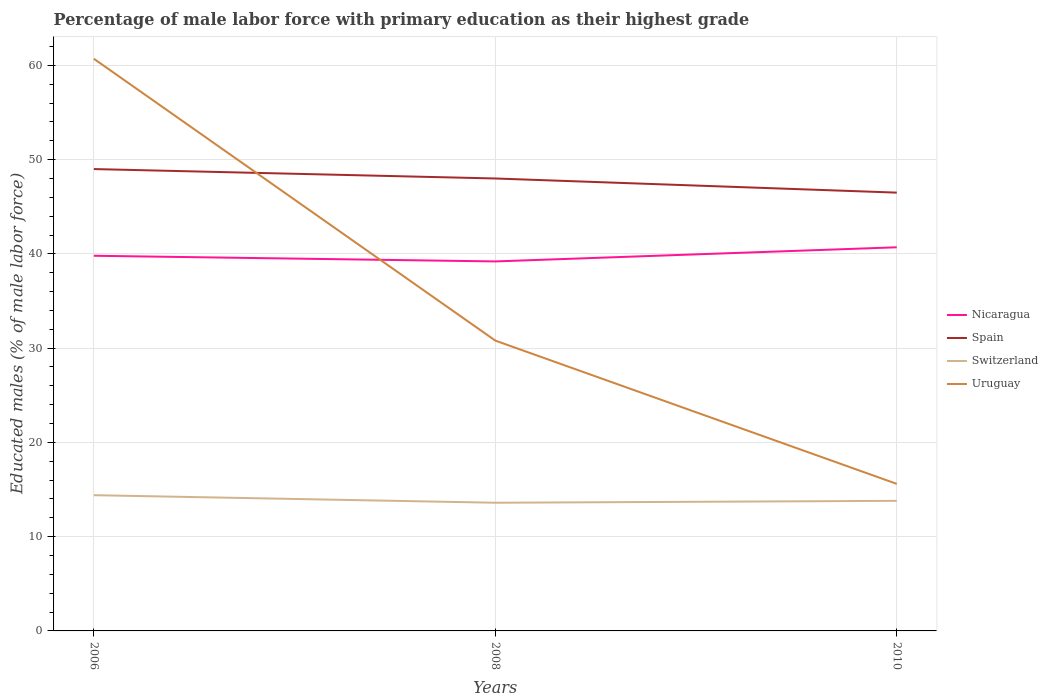
| Years | Nicaragua | Spain | Switzerland | Uruguay |
 | --- | --- | --- | --- | --- |
 | 2006 | 39.8 | 49 | 14.4 | 60.7 |
 | 2008 | 39.2 | 48 | 13.6 | 30.8 |
 | 2010 | 40.7 | 46.5 | 13.8 | 15.6 |